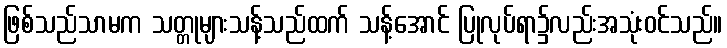
ဖြစ်သည်သာမက သတ္တုများသန့်သည်ထက် သန့်အောင် ပြုလုပ်ရာ၌လည်းအသုံးဝင်သည်။